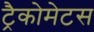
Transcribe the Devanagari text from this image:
ट्रैकोमेटस